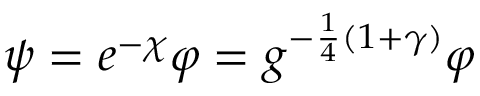
\psi = e ^ { - \chi } \varphi = g ^ { - \frac 1 4 ( 1 + \gamma ) } \varphi